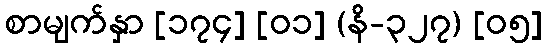
စာမျက်နှာ [၁၇၄] [၀၁] (နိ-၃၂၇) [၀၅]